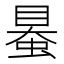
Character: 𧌪